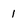
Character: 1